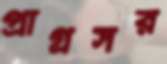
প্রাগ্রসর